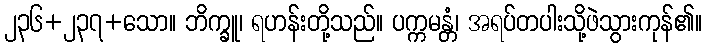
၂၃၆+၂၃၇+သော။ ဘိက္ခူ၊ ရဟန်းတို့သည်။ ပက္ကမန္တံ၊ အရပ်တပါးသို့ဖဲသွားကုန်၏။